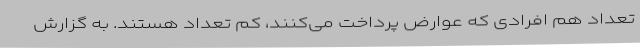
تعداد هم افرادی که عوارض پرداخت می‌کنند، کم تعداد هستند. به گزارش